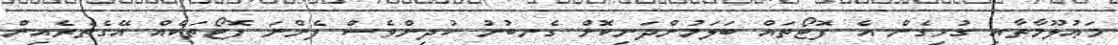
މަޢުލޫމާތާއި ގުޅިގެން އެ ފޮޓޯތައް ބަލަމުންދަނިކޮށް ގެނބުނު ކުދިންވެސް ފެންނަ ފޮޓޯތަކެއް އޭގެތެރެއިން